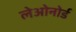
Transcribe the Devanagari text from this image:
लेओनोर्ड